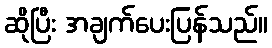
ဆိုပြီး အချက်ပေးပြန်သည်။